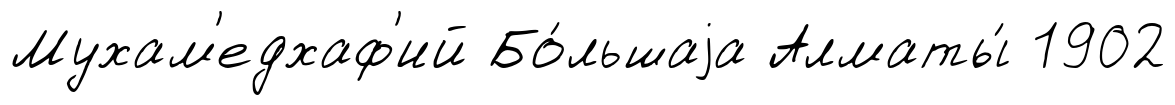
Мухам'едхаф'ий Бо́льшаjа Алматы́ 1902